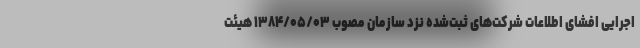
اجرایی افشای اطلاعات شرکت‌های ثبت‌شده نزد سازمان مصوب ۱۳۸۴/۰۵/۰۳ هیئت